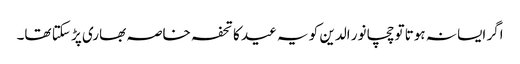
اگر ایسا نہ ہوتا تو چچا نور الدین کو یہ عید کا تحفہ خاصہ بھاری پڑ سکتا تھا۔